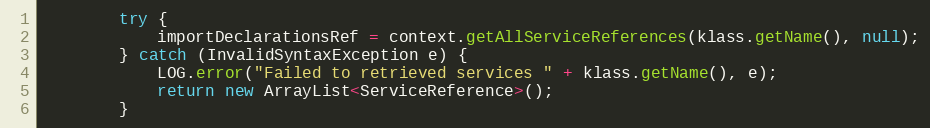
Language: Java
        try {
            importDeclarationsRef = context.getAllServiceReferences(klass.getName(), null);
        } catch (InvalidSyntaxException e) {
            LOG.error("Failed to retrieved services " + klass.getName(), e);
            return new ArrayList<ServiceReference>();
        }